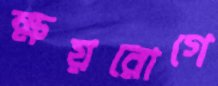
ক্ষয়রোগে